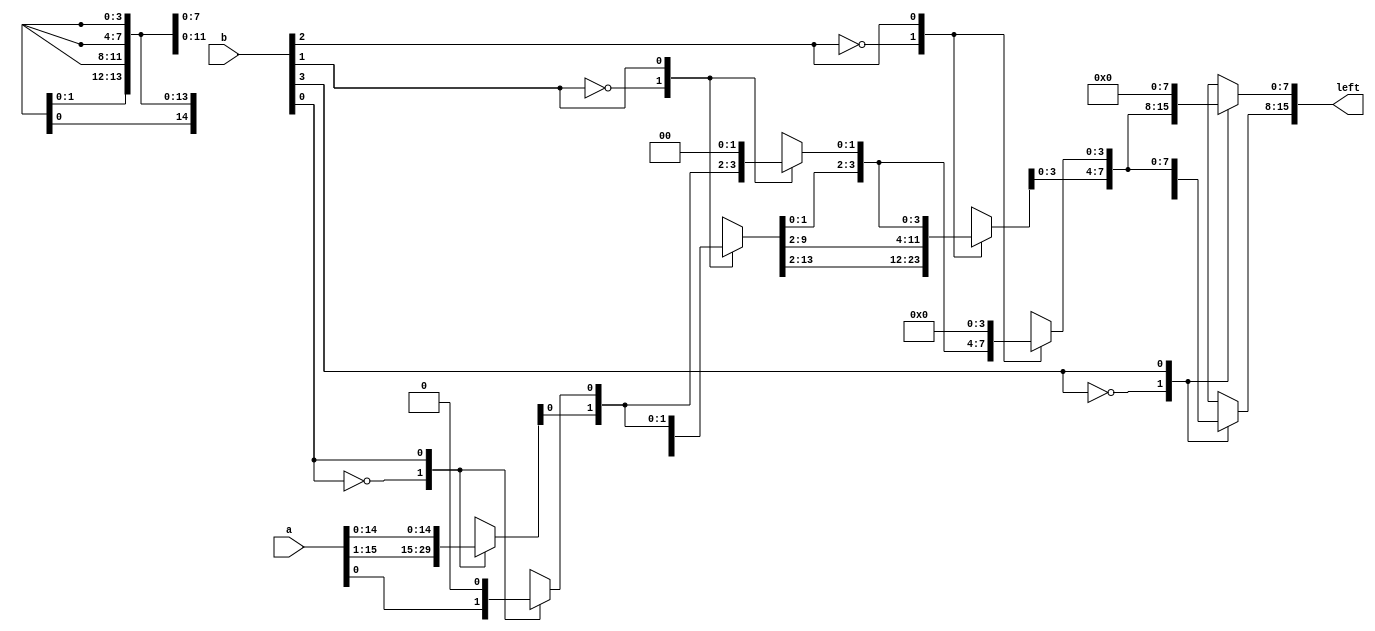
module shift_left_13 (
    input [15:0] a,
    input [3:0] b,
    output reg [15:0] left
  );
  
  
  
  reg [15:0] x;
  
  reg [15:0] y;
  
  reg [15:0] z;
  
  always @* begin
    
    case (b[0+0-:1])
      1'h0: begin
        x = a;
      end
      1'h1: begin
        x[1+14-:15] = a[0+14-:15];
        x[0+0-:1] = 1'h0;
      end
      default: begin
        x = a;
      end
    endcase
    
    case (b[1+0-:1])
      1'h0: begin
        y = x;
      end
      1'h1: begin
        y[2+13-:14] = x[0+13-:14];
        y[0+1-:2] = 2'h0;
      end
      default: begin
        y = x;
      end
    endcase
    
    case (b[2+0-:1])
      1'h0: begin
        z = y;
      end
      1'h1: begin
        z[4+11-:12] = y[0+11-:12];
        z[0+3-:4] = 4'h0;
      end
      default: begin
        z = y;
      end
    endcase
    
    case (b[3+0-:1])
      1'h0: begin
        left = z;
      end
      1'h1: begin
        left[8+7-:8] = z[0+7-:8];
        left[0+7-:8] = 8'h00;
      end
      default: begin
        left = z;
      end
    endcase
  end
endmodule